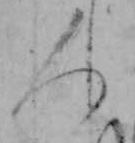
人